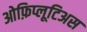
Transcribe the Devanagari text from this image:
ओफ़िप्लूटिअस